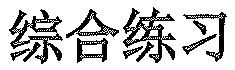
综合练习